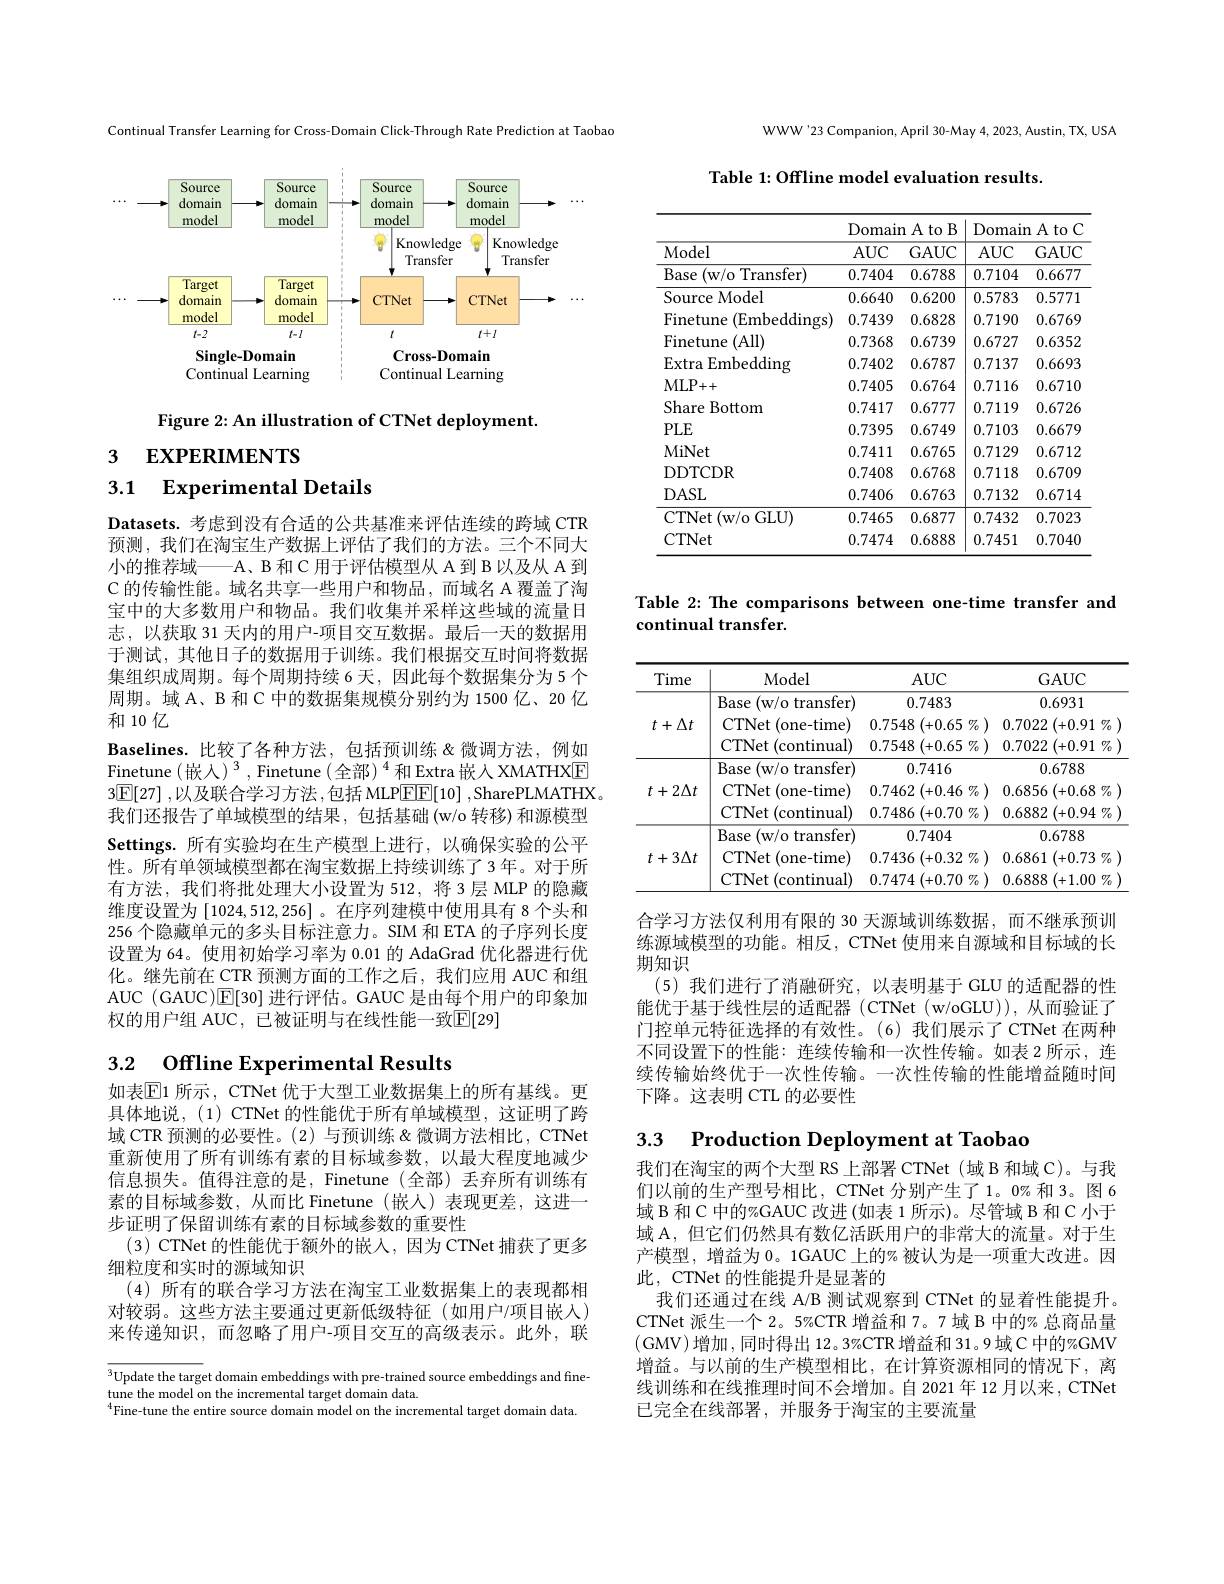
Continual Transfer Learning for Cross-Domain Click-Through Rate Prediction at Taobao

<FigureHere>

Figure 2: An illustration of CTNet deployment.

3 EXPERIMENTS

## 3.1 Experimental Details

Datasets. 考虑到没有合适的公共基准来评估连续的跨域 CTR 预测，我们在淘宝生产数据上评估了我们的方法。三个不同大小的推荐域——A、B 和 C 用于评估模型从 A 到 B 以及从 A 到C 的传输性能。域名共享一些用户和物品，而域名 A 覆盖了淘宝中的大多数用户和物品。我们收集并采样这些域的流量日志，以获取 31 天内的用户-项目交互数据。最后一天的数据用于测试，其他日子的数据用于训练。我们根据交互时间将数据集组织成周期。每个周期持续 6 天，因此每个数据集分为 5 个周期。域 A、B 和 C 中的数据集规模分别约为 1500 亿、20 亿和 10 亿
Baselines.比较了各种方法，包括预训练&微调方法，例如Finetune(嵌人)$^3$,Finetune(全部)$^4$和Extra 嵌入XMATHXE $3\boxed{\mathbb{F}}[27]$,以及联合学习方法，包括 MLP$\boxed{\mathbb{E}\mathbb{E}}[10]$,SharePLMATHX。我们还报告了单域模型的结果，包括基础(w/o 转移)和源模型Settings. 所有实验均在生产模型上进行，以确保实验的公平性。所有单领域模型都在淘宝数据上持续训练了 3 年。对于所有方法，我们将批处理大小设置为 512, 将 3 层 MLP 的隐藏维度设置为[1024,512,256] 。在序列建模中使用具有 8 个头和256 个隐藏单元的多头目标注意力。SIM 和 ETA 的子序列长度设置为 64。使用初始学习率为 0.01 的 AdaGrad 优化器进行优化。继先前在 CTR 预测方面的工作之后，我们应用 AUC 和组AUC (GAUC)E[30]进行评估。GAUC 是由每个用户的印象加权的用户组 AUC, 已被证明与在线性能一致$\overline{\mathbb{E}}[29]$

# 3.2 Offline Experimental Results

如表$\boxed{\mathrm{E}}1$ 所示，CTNet 优于大型工业数据集上的所有基线。更具体地说，(1) CTNet 的性能优于所有单域模型，这证明了跨域 CTR 预测的必要性。(2)与预训练&微调方法相比，CTNet 重新使用了所有训练有素的目标域参数，以最大程度地减少信息损失。值得注意的是，Finetune (全部)丢弃所有训练有素的目标域参数，从而比 Finetune(嵌人)表现更差，这进一步证明了保留训练有素的目标域参数的重要性
(3) CTNet 的性能优于额外的嵌入，因为 CTNet 捕获了更多
细粒度和实时的源域知识
(4)所有的联合学习方法在淘宝工业数据集上的表现都相对较弱。这些方法主要通过更新低级特征(如用户/项目嵌人) 来传递知识，而忽略了用户-项目交互的高级表示。此外，联

$\sqrt[3]{\text{Update the target domain embeddings with pre-trained source embeddings and fine-}}$
tune the model on the incremental target domain data.
$^{4}$Fine-tune the entire source domain model on the incremental target domain data.

WWW'23 Companion, April 30-May 4, 2023, Austin, TX, USA

Table 1: Offline model evaluation results.

<table>
	<tbody>
		<tr>
			<th rowspan="2">Model</th>
			<th colspan="2">$\operatorname{Domain}$A to B</th>
			<th colspan="2">Domain $1Ato$</th>
		</tr>
		<tr>
			<th>$AUC$</th>
			<th>GAUC</th>
			<th>$AUC$</th>
			<th>GAUC</th>
		</tr>
		<tr>
			<td>Base e$\left ( \mathrmw/ o~Transfer\right )$</td>
			<td>0.7404</td>
			<td>0.6788</td>
			<td>0.7104</td>
			<td>0.6677</td>
		</tr>
		<tr>
			<td>Source Model</td>
			<td>0.6640</td>
			<td>0.6200</td>
			<td>0.5783</td>
			<td>0.5771</td>
		</tr>
		<tr>
			<td>Finetune (Embeddings)</td>
			<td>0.7439</td>
			<td>0.6828</td>
			<td>0.7190</td>
			<td>0.6769</td>
		</tr>
		<tr>
			<td>Finetune (All)</td>
			<td>0.7368</td>
			<td>0.6739</td>
			<td>0.6727</td>
			<td>0.6352</td>
		</tr>
		<tr>
			<td>Extra Embedding</td>
			<td>0.7402</td>
			<td>0.6787</td>
			<td>0.7137</td>
			<td>0.6693</td>
		</tr>
		<tr>
			<td>MLP+ + </td>
			<td>0.7405</td>
			<td>0.6764</td>
			<td>0.7116</td>
			<td>0.6710</td>
		</tr>
		<tr>
			<td>Share Bottom</td>
			<td>0.7417</td>
			<td>0.6777</td>
			<td>0.7119</td>
			<td>0.6726</td>
		</tr>
		<tr>
			<td>$PLE$</td>
			<td>0.7395</td>
			<td>0.6749</td>
			<td>0.7103</td>
			<td>0.6679</td>
		</tr>
		<tr>
			<td>MiNet</td>
			<td>0.7411</td>
			<td>0.6765</td>
			<td>0.7129</td>
			<td>0.6712</td>
		</tr>
		<tr>
			<td>DDTCDR</td>
			<td>0.7408</td>
			<td>0.6768</td>
			<td>0.7118</td>
			<td>0.6709</td>
		</tr>
		<tr>
			<td>$DASL$</td>
			<td>0.7406</td>
			<td>0.6763</td>
			<td>0.7132</td>
			<td>0.6714</td>
		</tr>
		<tr>
			<td>CTNet$\left ( \mathrm{w/ o~GLU}\right )$</td>
			<td>0.7465</td>
			<td>0.6877</td>
			<td>0.7432</td>
			<td>0.7023</td>
		</tr>
		<tr>
			<td>CTNet</td>
			<td>0.7474</td>
			<td>0.6888</td>
			<td>0.7451</td>
			<td>0.7040</td>
		</tr>
	</tbody>
</table>

Table 2: The comparisons between one-time transfer and

continual transfer.

<table>
	<tbody>
		<tr>
			<th>Time</th>
			<th>Model</th>
			<th>$AUC$</th>
			<th>GAUC</th>
		</tr>
		<tr>
			<td rowspan="3">$t+\Delta t$</td>
			<td>Base (w/o transfer)</td>
			<td>0.7483</td>
			<td>0.6931</td>
		</tr>
		<tr>
			<td>CTNet (one-time)</td>
			<td>0.7548 (+0.65 $i$ $\%$</td>
			<td>(+0.91 0.7022 $\%$ T</td>
		</tr>
		<tr>
			<td>CTNet (continual ·</td>
			<td>0.7548 (+0.65 $i$ $\eta _{0}$ )</td>
			<td>0.7022 (+0.91 $\%$</td>
		</tr>
		<tr>
			<td rowspan="3">$t+2\Delta t$</td>
			<td>Base (w/o transfer)</td>
			<td>0.7416</td>
			<td>0.6788</td>
		</tr>
		<tr>
			<td>CTNet (one-time)</td>
			<td>0.7462 (+0.46 $j\%$ 1</td>
			<td>(+0.68 $\%$ 0.6856</td>
		</tr>
		<tr>
			<td>CTNet (continual)</td>
			<td>0.7486 (+0.70 1/70</td>
			<td>0.6882 (+0.94 $\%$</td>
		</tr>
		<tr>
			<td rowspan="3">$t+3\Delta t$</td>
			<td>Base (w/o transfer)</td>
			<td>0.7404</td>
			<td>0.6788</td>
		</tr>
		<tr>
			<td>CTNet (one-time)</td>
			<td>0.7436 (+0.32 $\%$</td>
			<td>(+0.73 $\%$ 0.6861</td>
		</tr>
		<tr>
			<td>CTNet (continual)</td>
			<td>0.7474 (+0.70 $\% )$</td>
			<td>(+1.00 $\%$ 0.6888</td>
		</tr>
	</tbody>
</table>

合学习方法仅利用有限的 30 天源域训练数据，而不继承预训练源域模型的功能。相反，CTNet 使用来自源域和目标域的长期知识
(5)我们进行了消融研究，以表明基于 GLU 的适配器的性能优于基于线性层的适配器 (CTNet (w/oGLU)), 从而验证了门控单元特征选择的有效性。(6)我们展示了CTNet 在两种不同设置下的性能：连续传输和一次性传输。如表 2 所示，连续传输始终优于一次性传输。一次性传输的性能增益随时间下降。这表明 CTL 的必要性

3.3 Production Deployment at Taobad

我们在淘宝的两个大型 RS 上部署 CTNet (域 B 和域 C)。与我们以前的生产型号相比，CTNet 分别产生了1。0%和 3。图 6域 B 和 C 中的%GAUC 改进 (如表 1 所示)。尽管域 B 和 C 小于域 A, 但它们仍然具有数亿活跃用户的非常大的流量。对于生产模型，增益为 0。1GAUC 上的%被认为是一项重大改进。因此，CTNet 的性能提升是显著的
我们还通过在线 A/B 测试观察到 CTNet 的显着性能提升。CTNet 派生一个 2。5%CTR 增益和 7。7 域 B 中的% 总商品量(GMV)增加，同时得出 12。3%CTR 增益和 31。9 域 C 中的%GMV 增益。与以前的生产模型相比，在计算资源相同的情况下，离线训练和在线推理时间不会增加。自 2021年 12 月以来，CTNet 已完全在线部署，并服务于淘宝的主要流量